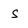
Character: s